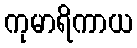
ကုမာရိကာယ